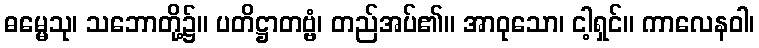
ဓမ္မေသု၊ သဘောတို့၌။ ပတိဋ္ဌာတဗ္ဗံ၊ တည်အပ်၏။ အာဝုသော၊ ငါ့ရှင်။ ကာလေနဝါ၊